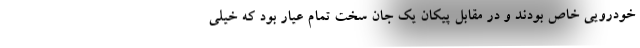
خودرویی خاص بودند و در مقابل پیکان یک جان سخت تمام عیار بود که خیلی